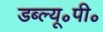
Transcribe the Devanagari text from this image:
डब्ल्यू॰पी॰